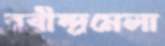
রবীন্দ্রমেলা